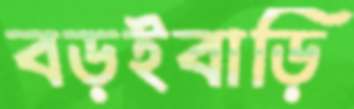
বড়ইবাড়ি